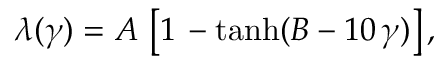
\lambda ( \gamma ) = A \, \left[ 1 \, - \operatorname { t a n h } ( B - 1 0 \, \gamma ) \right] ,